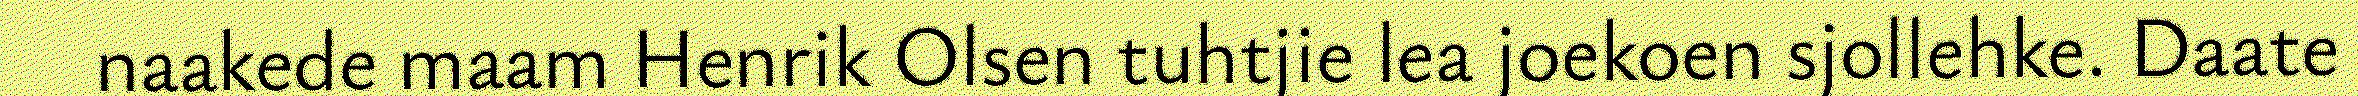
naakede maam Henrik Olsen tuhtjie lea joekoen sjollehke. Daate